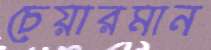
চেয়ারমান